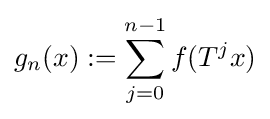
g_{n}(x):=\sum _{j=0}^{n-1}f(T^{j}x)